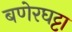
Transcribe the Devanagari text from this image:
बणेरघट्टा